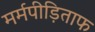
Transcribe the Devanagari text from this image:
मर्मपीड़िताफ